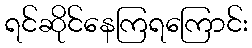
ရင်ဆိုင်နေကြရကြောင်း